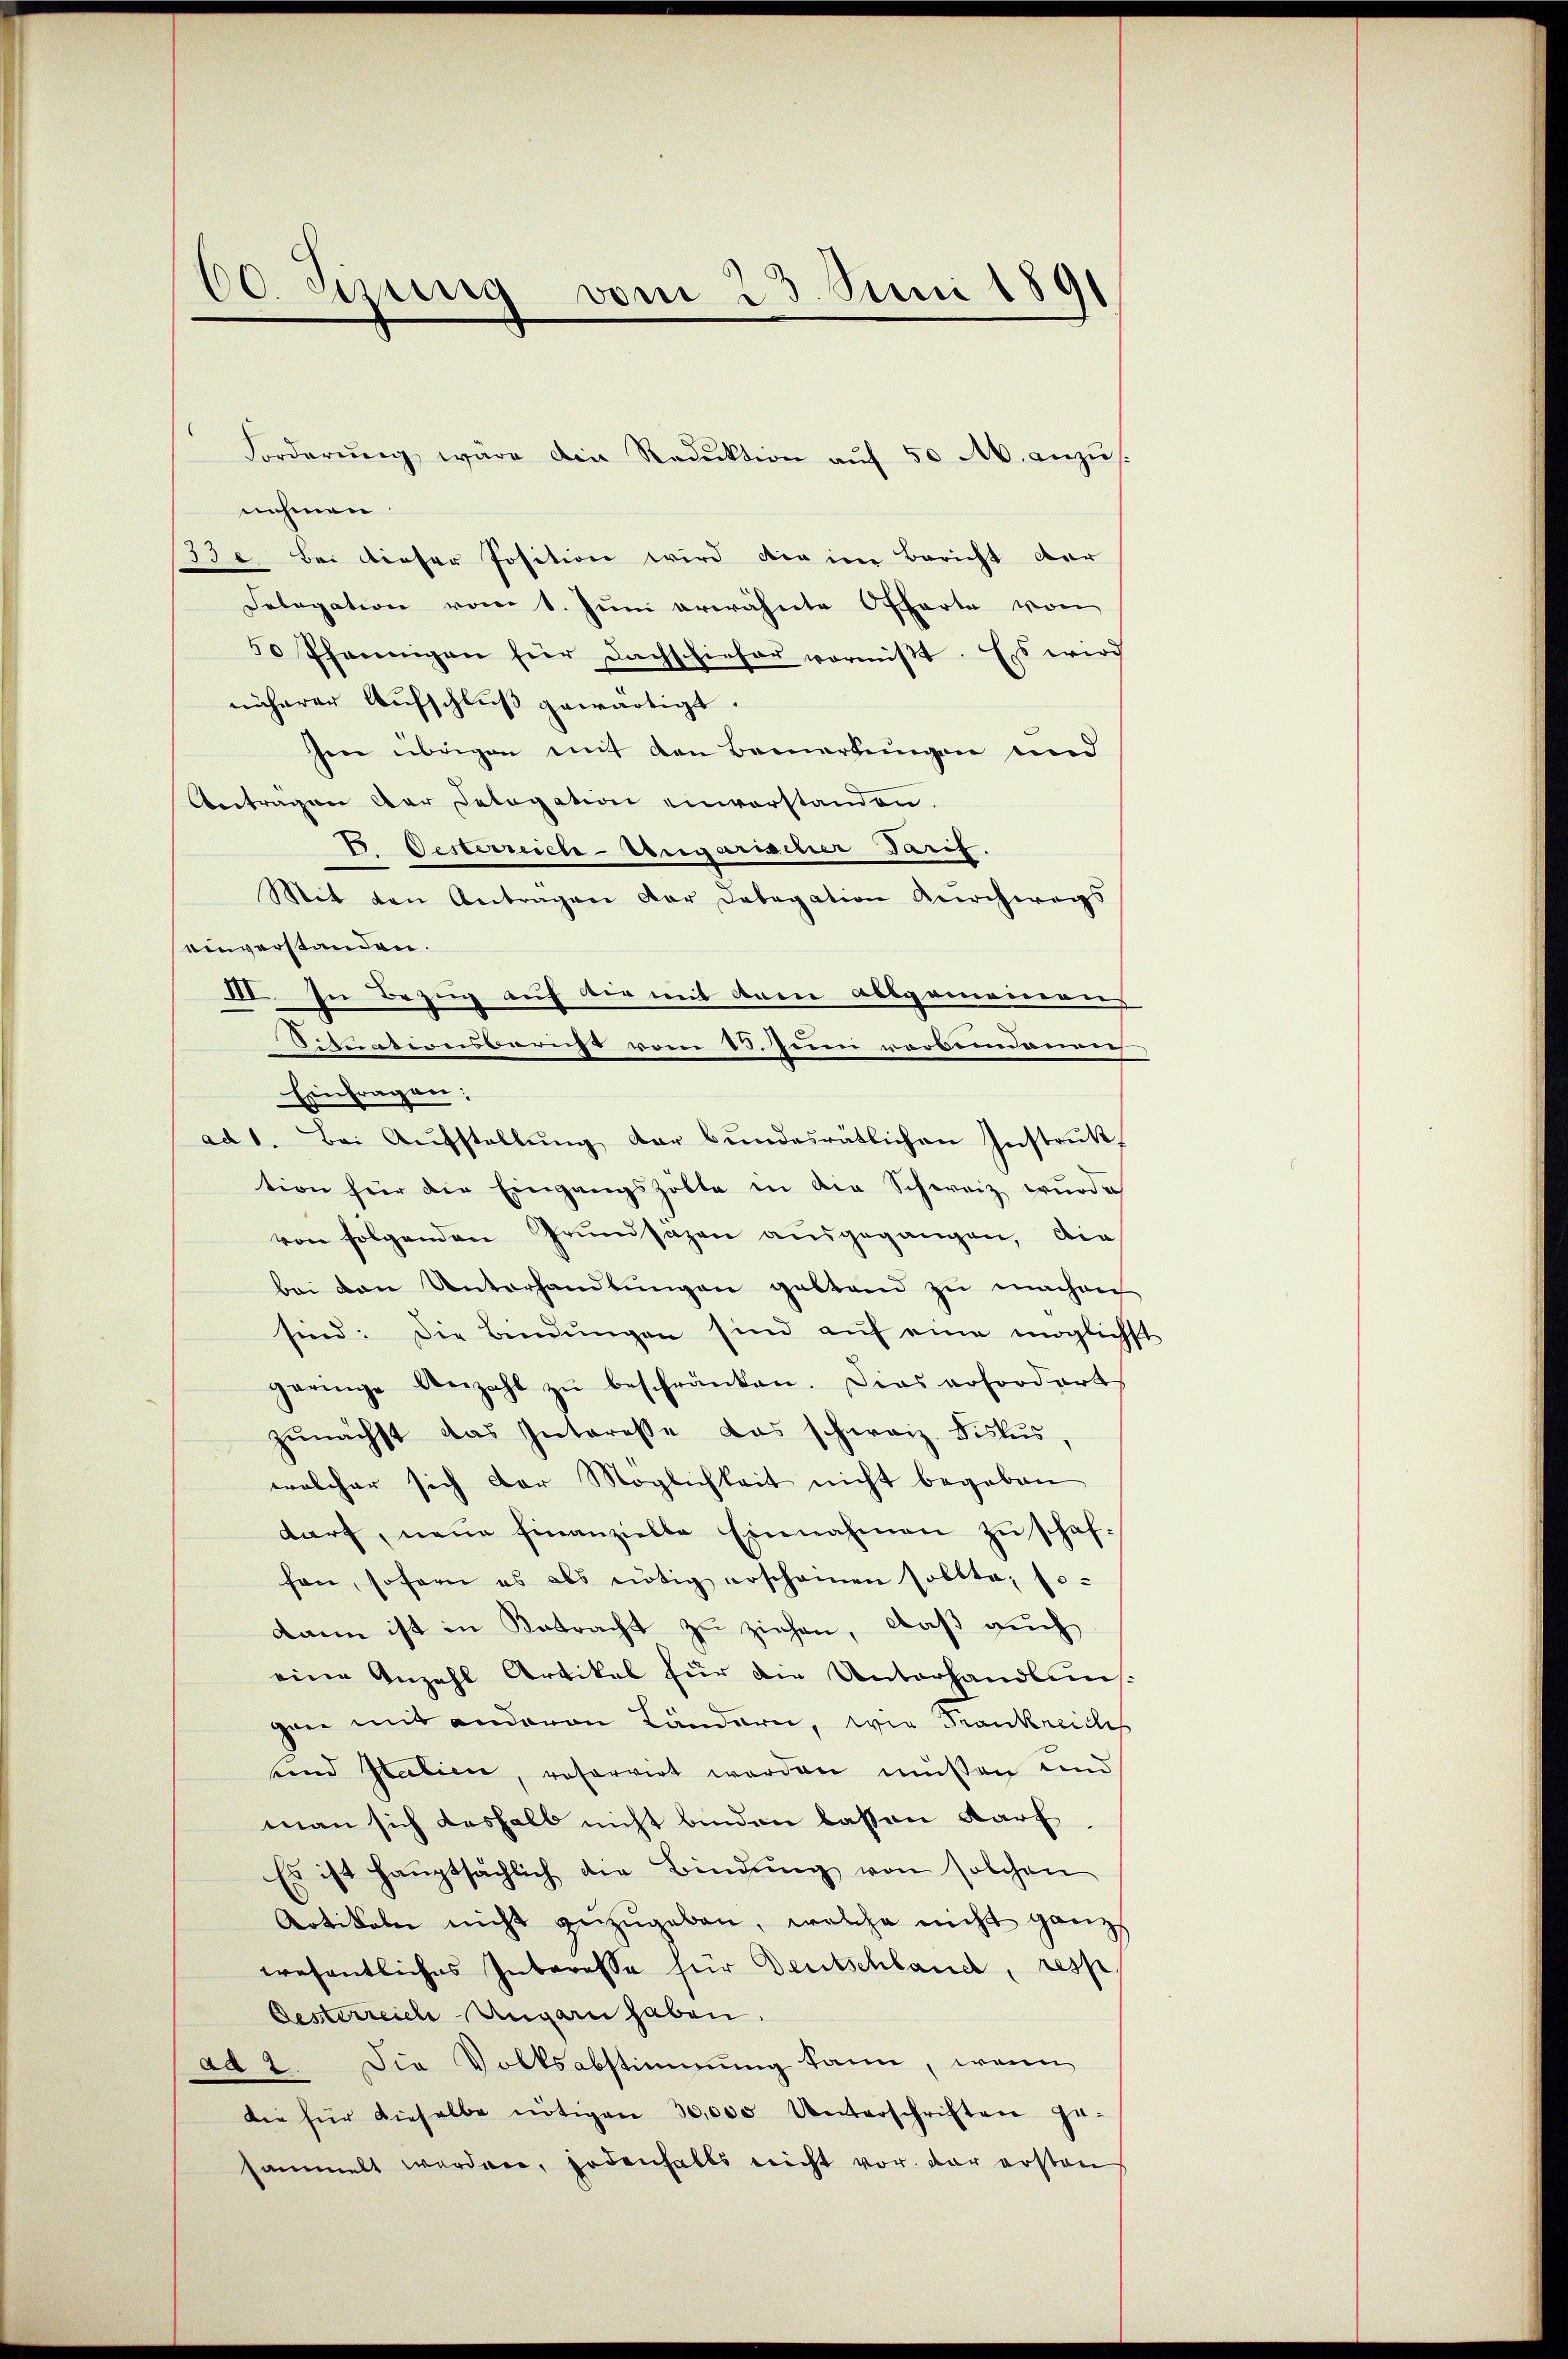
60. Stung vom 23. Juni 1891

nehmen.
33. Bei dieser Position wird die im Bericht dar
Selegation vom 1. Juni erwähnte Offarte von
50 Pfennigen für Dachschieher vermißt. Es wird
näherer Aufschluß gewärtigt.
sen übrigen mit den Bemerkungen und
Antragen der Letogation einverstanden.
B. Oesterreich-Ungarischer Tarif.
Mit den Antragen der Dabagation Kirchwegs
einverstanden.
III. In Bezug auf der mit drei Abbgamieres
Situationsbarnst vom 13. Juni vorbendangeh
Einfragen:
ad 1. Bei Aufstellung der bundesrätlichen Instruktion für die Eingangszolte in die Schweiz wurde
von folgenden Grundsazen ausgegangen, die
bei den Unterhandlŭngen geltend zu machen
sind: Die Bindŭngen sind aŭf eine möglichst
geringe Anzahl zŭ beschränken. Dies erfordert
zunächst das Interesse das schweiz. Fiskus,
welcher sich der Möglichkeit nicht begeben
darf, neue Finanzielle Einnahmen zu schaf-
fen, sofern es als nötig erscheinen sollte, so-
dann ist in Betracht zu ziehen, daß auch
eine Anzahl Artikel für die Unterhandlung
gen mit anderen Ländern, wie Frankreiches
und Italien, reservirt werden müssen und
man sich deshalb nicht binden lassen darf
Es ist hauptsächlich die Bindung von solchen
Artikeln nicht zuzugeben, welche nicht ganz
erosentliches Interesse für Deutschland, resp.
Oesterreich Ungarn haben.
ad 2. Die Volksabstimmung kann, wenn
die für dieselbe nötigen 30,000 Unterschriften ge-
sammelt werden, jedenfalls nicht vor der ersten

Forderung wäre die Reduktion auf 50 M. anzus.